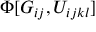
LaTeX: \Phi [ G _ { i j } , U _ { i j k l } ]